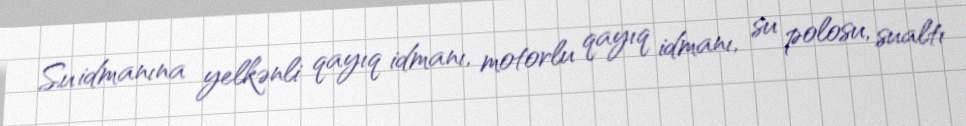
Su idmanına yelkənli qayıq idmanı, motorlu qayıq idmanı, su polosu, sualtı